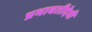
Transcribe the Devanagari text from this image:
प्रभावतीदेवी